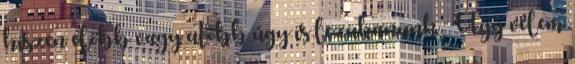
hiszen előbb vagy utóbb úgy is lezuhanunk. Úgy vélem